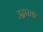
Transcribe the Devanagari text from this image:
उद्वारक